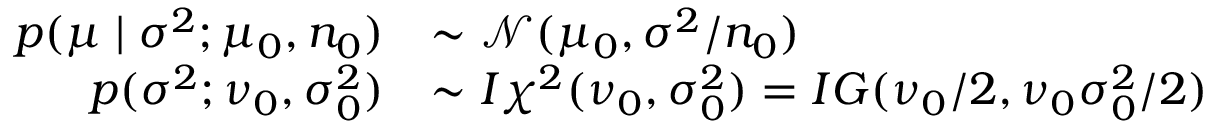
{ \begin{array} { r l } { p ( \mu \mid \sigma ^ { 2 } ; \mu _ { 0 } , n _ { 0 } ) } & { \sim { \mathcal { N } } ( \mu _ { 0 } , \sigma ^ { 2 } / n _ { 0 } ) } \\ { p ( \sigma ^ { 2 } ; \nu _ { 0 } , \sigma _ { 0 } ^ { 2 } ) } & { \sim I \chi ^ { 2 } ( \nu _ { 0 } , \sigma _ { 0 } ^ { 2 } ) = I G ( \nu _ { 0 } / 2 , \nu _ { 0 } \sigma _ { 0 } ^ { 2 } / 2 ) } \end{array} }